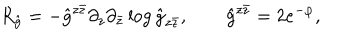
LaTeX: R _ { \hat { g } } = - { \hat { g } } ^ { z \bar { z } } \partial _ { z } \partial _ { \bar { z } } \log { \hat { g } } _ { z \bar { z } } , \qquad \hat { g } ^ { z \bar { z } } = 2 e ^ { - \varphi } ,